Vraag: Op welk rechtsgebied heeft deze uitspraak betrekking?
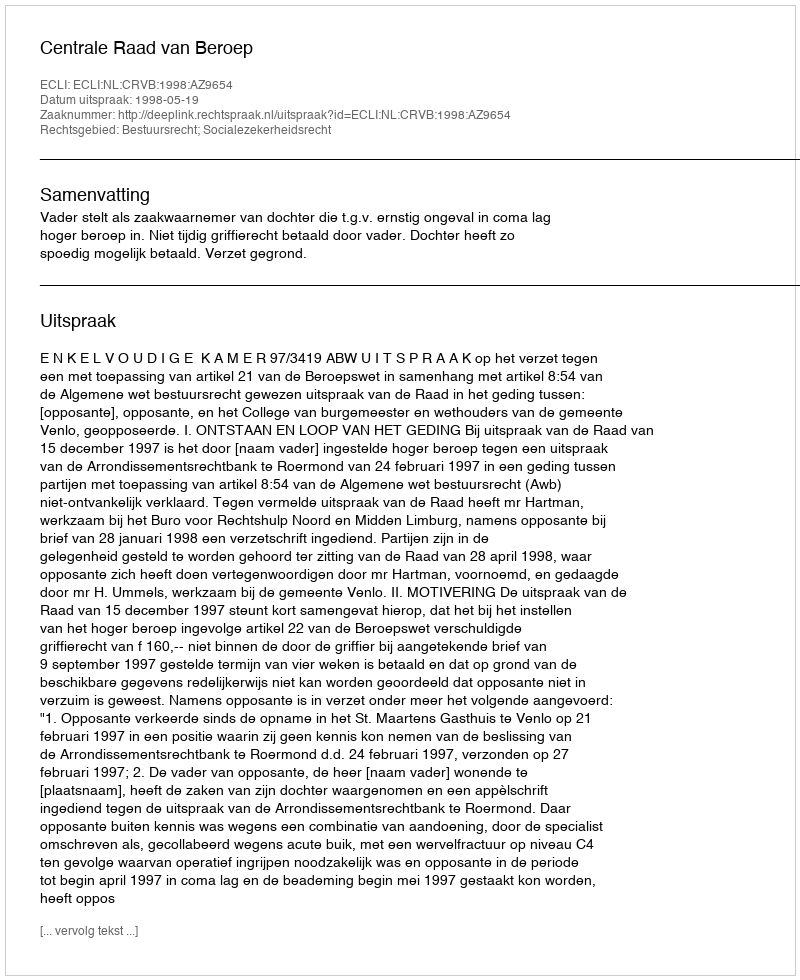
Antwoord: Bestuursrecht; Socialezekerheidsrecht